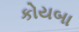
કોયબા